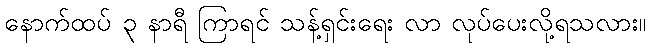
နောက်ထပ် ၃ နာရီ ကြာရင် သန့်ရှင်းရေး လာ လုပ်ပေးလို့ရသလား။